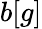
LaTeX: b[g]